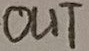
Text: OUT